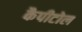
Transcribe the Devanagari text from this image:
कैपीटोल